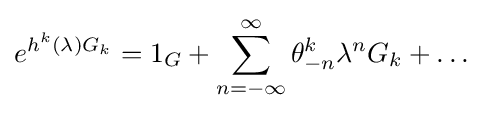
e^{h^{k}(\lambda )G_{k}}=1_{G}+\sum _{n=-\infty }^{\infty }\theta _{-n}^{k}\lambda ^{n}G_{k}+\ldots